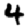
Digit: 4